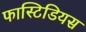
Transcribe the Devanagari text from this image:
फास्टिडियस